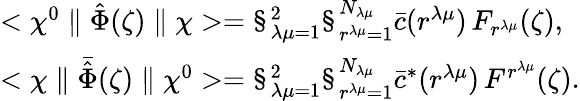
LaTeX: \begin{array}{l}{{<\chi^{0}\parallel\hat{\Phi}(\zeta)\parallel\chi>=\S_{\lambda\mu=1}^{2}\S_{r^{\lambda\mu}=1}^{N_{\lambda\mu}}\bar{c}(r^{\lambda\mu})\, F_{r^{\lambda\mu}}(\zeta),}}\\ {{<\chi\parallel\bar{\hat{\Phi}}(\zeta)\parallel\chi^{0}>=\S_{\lambda\mu=1}^{2}\S_{r^{\lambda\mu}=1}^{N_{\lambda\mu}}{\bar{c}}^{*}(r^{\lambda\mu})\, F^{r^{\lambda\mu}}(\zeta).}}\end{array}